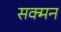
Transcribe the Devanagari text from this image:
सक्मन